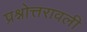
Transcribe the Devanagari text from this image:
प्रश्नोत्तरावली